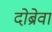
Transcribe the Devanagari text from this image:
दोब्रेवा